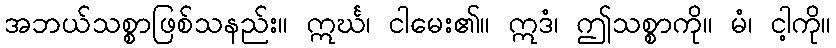
အဘယ်သစ္စာဖြစ်သနည်း။ ဣင်္ဃ၊ ငါမေး၏။ ဣဒံ၊ ဤသစ္စာကို။ မံ၊ ငါ့ကို။